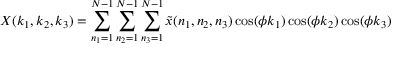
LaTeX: X ( k _ { 1 } , k _ { 2 } , k _ { 3 } ) = \sum _ { n _ { 1 } = 1 } ^ { N - 1 } \sum _ { n _ { 2 } = 1 } ^ { N - 1 } \sum _ { n _ { 3 } = 1 } ^ { N - 1 } { \tilde { x } } ( n _ { 1 } , n _ { 2 } , n _ { 3 } ) \cos ( \phi k _ { 1 } ) \cos ( \phi k _ { 2 } ) \cos ( \phi k _ { 3 } )